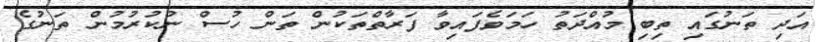
އަދި ތަނުގައި ތިބި މުއްދަތު ހަމަވެފައިވާ ފަރާތްތަކުން ތަން ހުސް ނުކުރުމުން ތަނުގެ